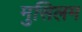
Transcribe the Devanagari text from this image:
मुसिलम